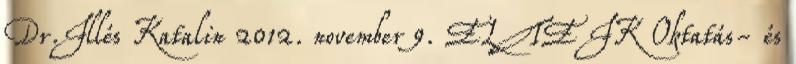
Dr.Illés Katalin 2012. november 9. ELTE IK Oktatás- és